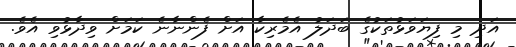
އަދި މި ފިޔަވަޅުތަކުގެ ބަދަލު އެމެރިކާ އަށް ފެންނާނެ ކަމަށް ވިދާޅުވި އެވެ.